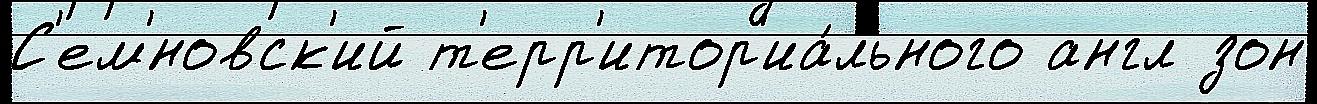
С'ем'́новск'ий т'ерр'итор'иа́льного англ зон